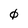
Character: 0